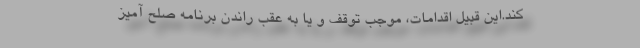
کند.این قبیل اقدامات، موجب توقف و یا به عقب راندن برنامه صلح آمیز